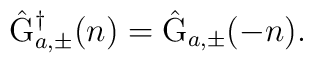
\hat{\rm G}_{a,\pm}^{\dagger}(n) = \hat{\rm G}_{a,\pm}(-n).